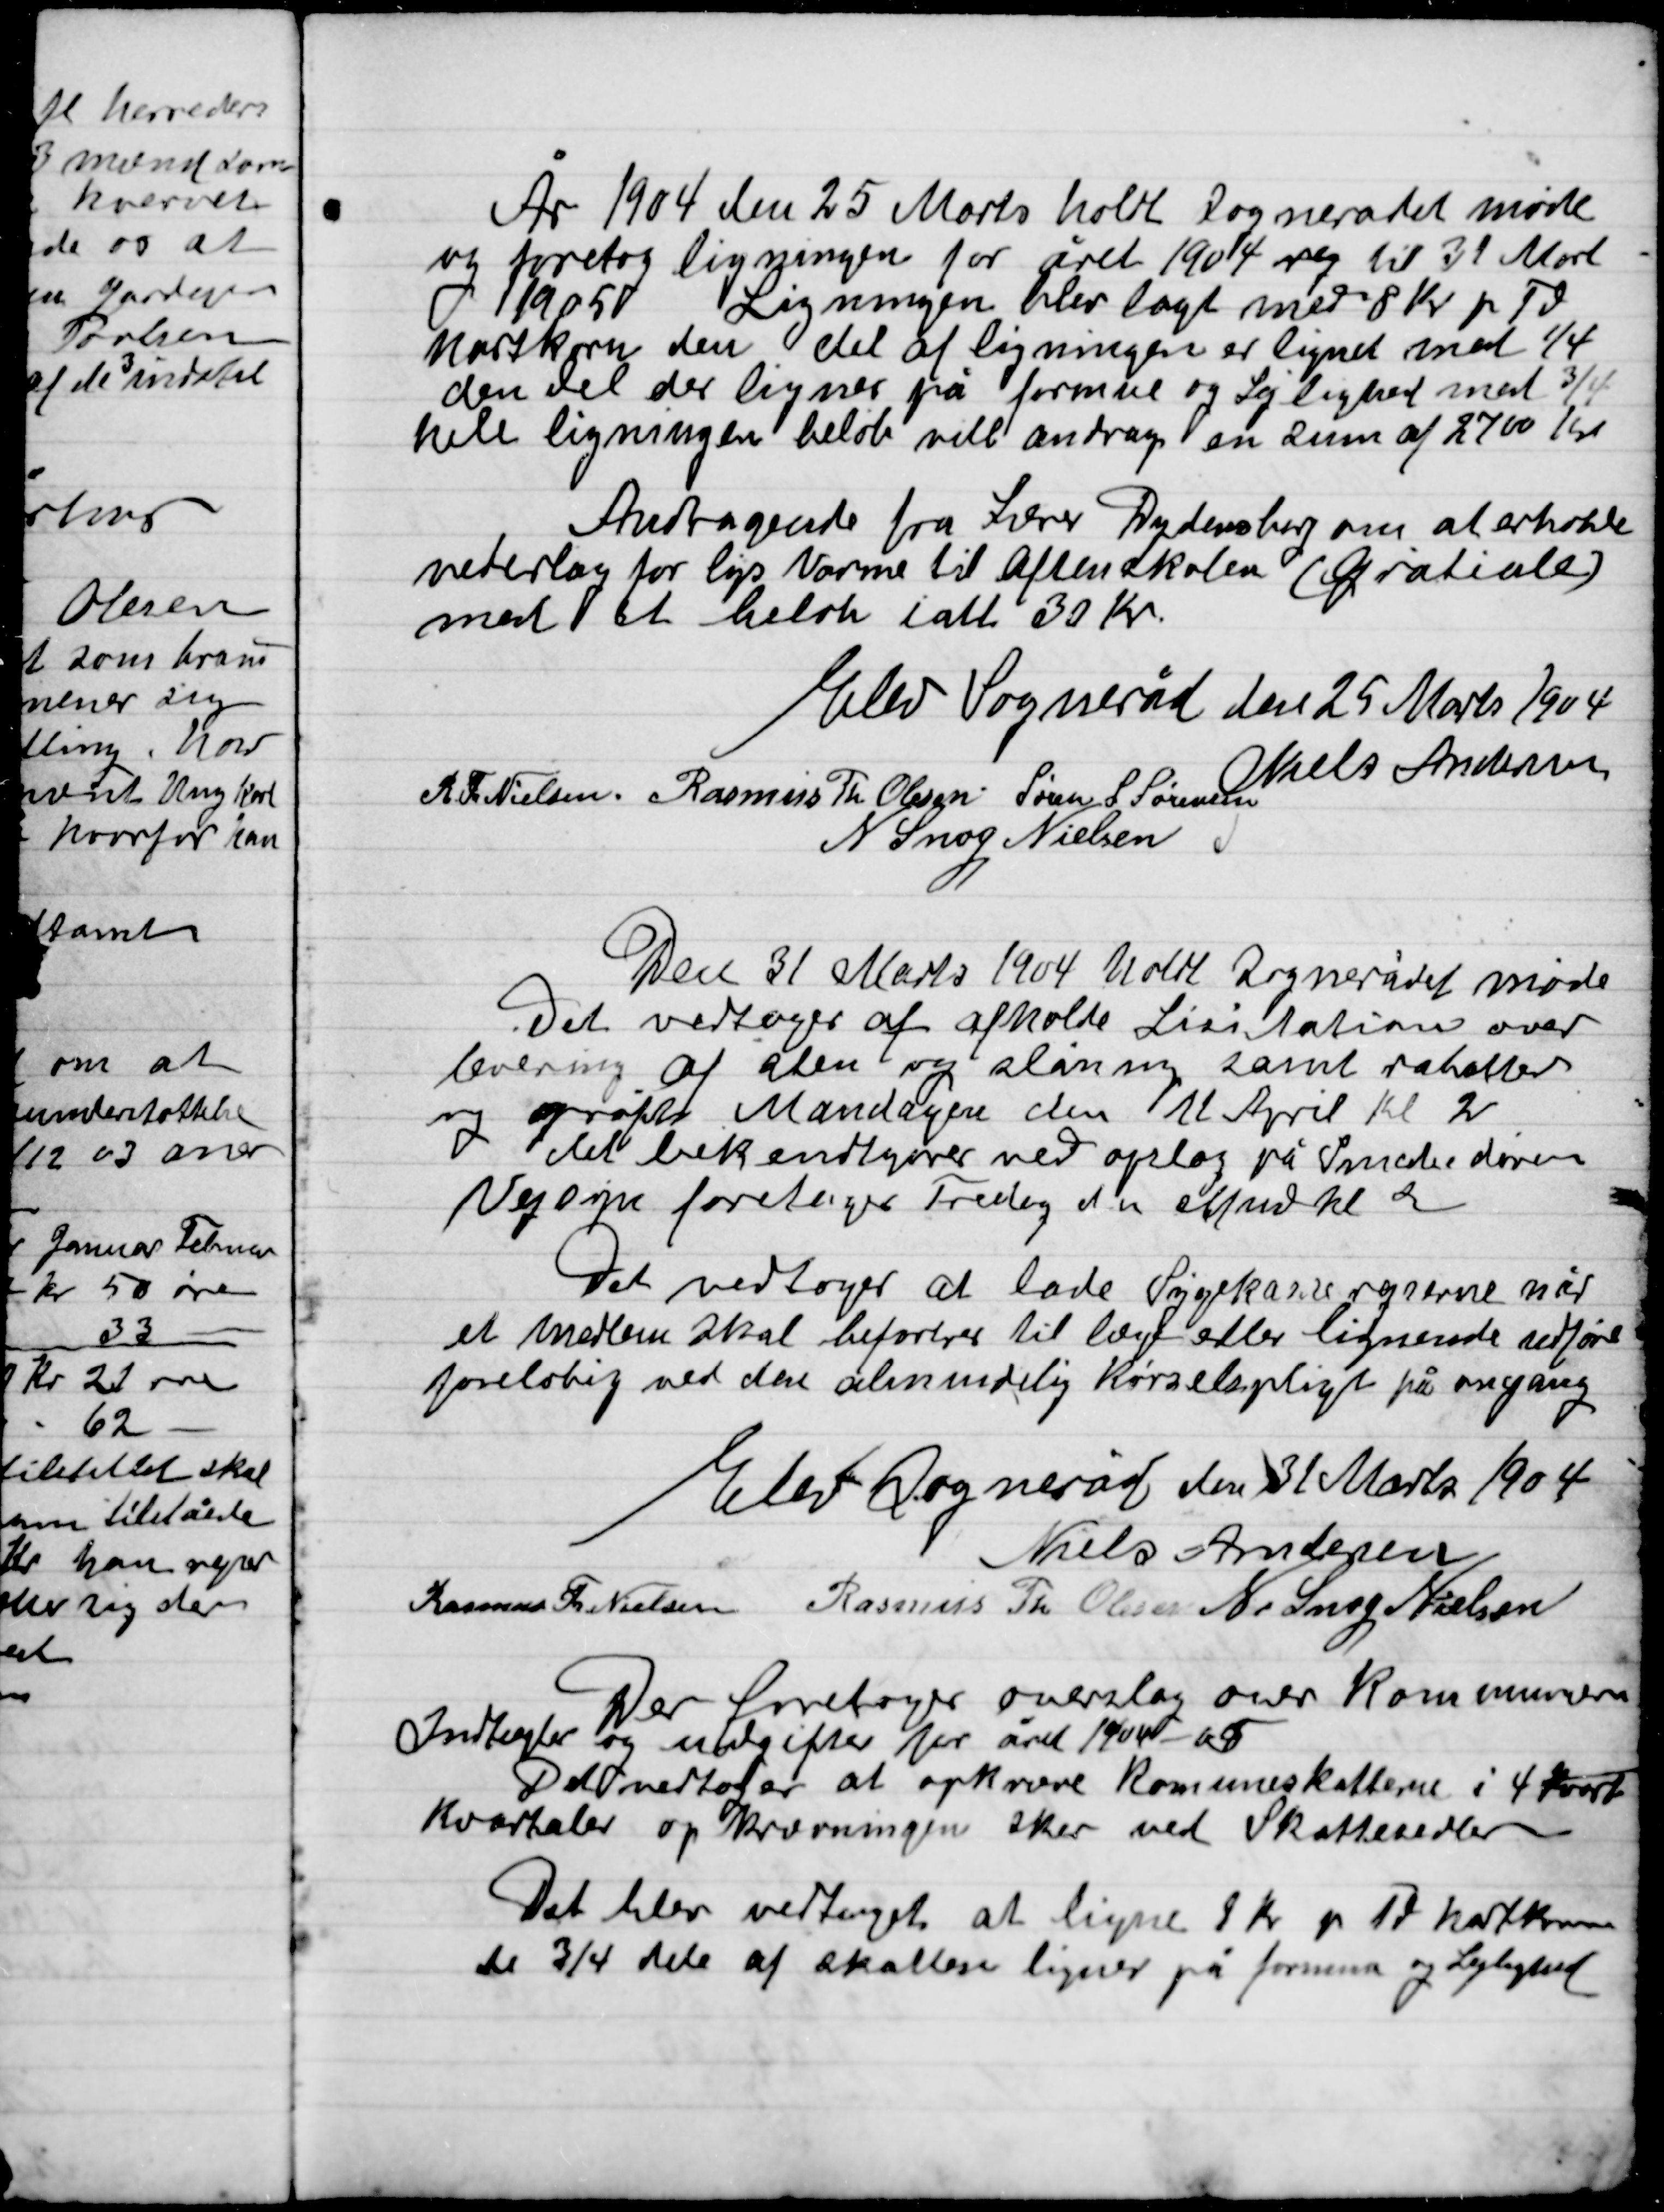
Transskription:
År 1904 den 25 Marts holdt Sognerådet møde
og foreslog ligningen for året 1904 vej til 31 Marts
1905 Ligningen blev lagt med 8 Kr. p. Td
hartkorn den del af ligningen er lignet med ¼
den del der lignes på formue og Lejlighed med ¾
hele ligningen beløb vil andrage en sum af 2700 Kr.
Andragende fra Lærer Dydensborg om at erholder
vederlag for lys Varme  til Aftenskolen (gratiale)
Med et beløb i alt 30 Kr.

Elev Sogneråd den 25 Marts 1904

Niels Andersen
R. Th. Nielsen
Rasmus Th. Olsen
Søren L. Sørensen
N. Snog Nielsen

Den 31 Marts 1904 holdt Sognerådet møde
Det vedtoges at afholde Licitation over
levering af sten og slåning samt rabatter
og grøfter Mandag den 11 April Kl. 2.
Det bekendtgøres ved opslag på Smedjens døren
Vejen foretages Fredag den efterm. Kl.  2

Det vedtoges at lade Sygekasse rejser når
Et medlem skal befordres til læge eller lignende udføre
Foreløbig ved den almindelige kørselspligt på omgang

Elev Sogneråd den 31 Marts 1904

Niels Andersen
Rasmus Th. Nielsen
Rasmus Th. Olsen
N. Snog Nielsen

Der foretoges overslag over Kommunens
Indtægter og udgifter for året 1904-05
Det vedtoges at opkræve Kommuneskatten i 4 Kvart
Kvartaler og opkrævningen sker ved Skattesedler

Det blev vedtaget at ligne 8 Kr. pr. Td. Hartkorn
de ¾ dele af skatten lignes på formue og Lejlighed